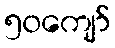
၅၀ကျော်